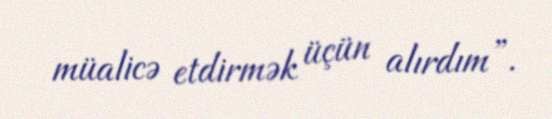
müalicə etdirmək üçün alırdım”.